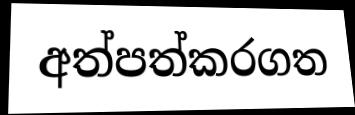
අත්පත්කරගත